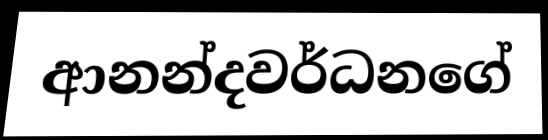
ආනන්දවර්ධනගේ